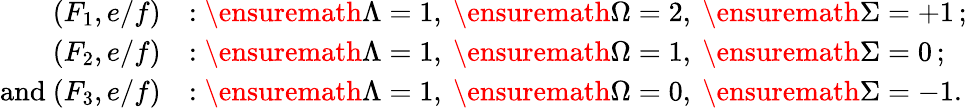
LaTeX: \begin{array}{rl}{(F_{1},e/f)}&{:\ensuremath{\Lambda}=1,\ \ensuremath{\Omega}=2,\ \ensuremath{\Sigma}=+1\, ;}\\ {(F_{2},e/f)}&{:\ensuremath{\Lambda}=1,\ \ensuremath{\Omega}=1,\ \ensuremath{\Sigma}=0\, ;}\\ {\mathrm{and~}(F_{3},e/f)}&{:\ensuremath{\Lambda}=1,\ \ensuremath{\Omega}=0,\ \ensuremath{\Sigma}=-1.}\end{array}